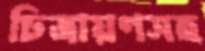
চিত্রায়ণসহ